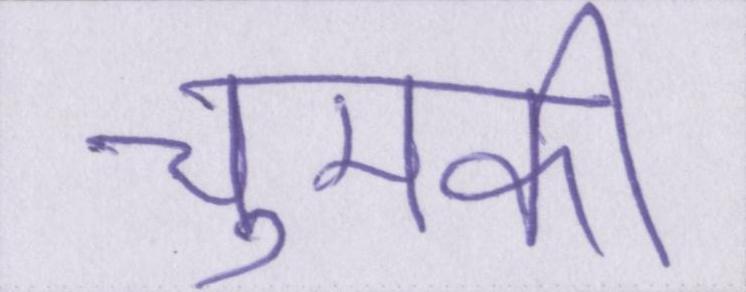
चुमकी